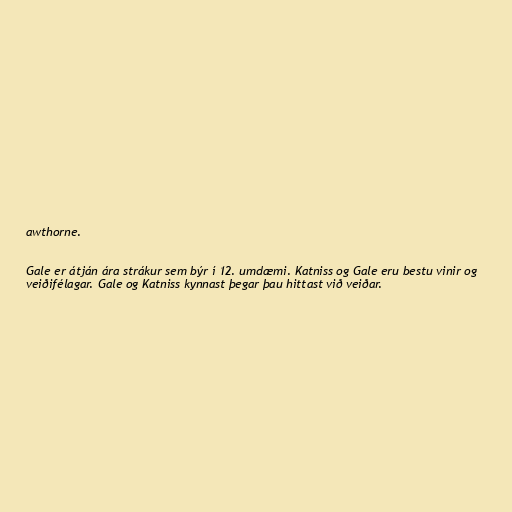
awthorne.

Gale er átján ára strákur sem býr í 12. umdæmi. Katniss og Gale eru bestu vinir og
veiðifélagar. Gale og Katniss kynnast þegar þau hittast við veiðar.